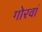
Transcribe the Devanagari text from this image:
गोरवां